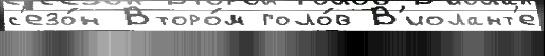
с'езо́н Второ́м голо́в В'иолант'е